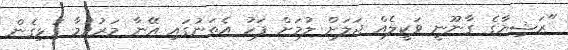
"ރަޝިޔާގެ ގާނޫނީ ވަކީލެއް ޖަލަށް ލުމަށް ފަހު އެތަނުގައި އޭނާ މަރުވުމާ ގުޅިގެން